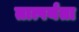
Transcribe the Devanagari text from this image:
तात्पर्यता